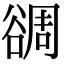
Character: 𧮻